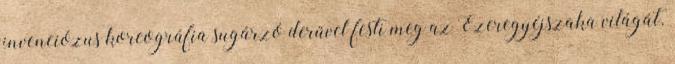
invenciózus koreográfia sugárzó derűvel festi meg az Ezeregyéjszaka világát.